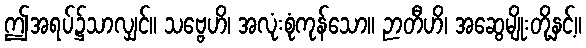
ဤအရပ်၌သာလျှင်။ သဗ္ဗေဟိ၊ အလုံးစုံကုန်သော။ ဉာတီဟိ၊ အဆွေမျိုးတို့နှင့်။